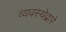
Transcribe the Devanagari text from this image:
व्यवस्थेद्वारे